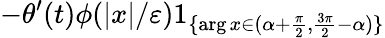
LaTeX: -\theta^{\prime}(t)\phi(|x|/\varepsilon)1_{\{ \arg x\in(\alpha+\frac{\pi}{2},\frac{3\pi}{2}-\alpha)\} }